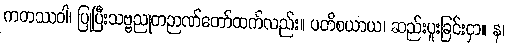
ကတဿဝါ၊ ပြုပြီးသဗ္ဗညုတဉာဏ်တော်ထက်လည်း။ ပတိစယာယ၊ ဆည်းပူးခြင်းငှာ။ န၊